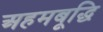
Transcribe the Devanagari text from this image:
अहमबूद्धि